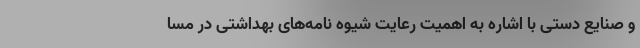
و صنایع دستی با اشاره به اهمیت رعایت شیوه نامه‌های بهداشتی در مسا